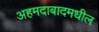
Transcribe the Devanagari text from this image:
अहमदाबादमधील